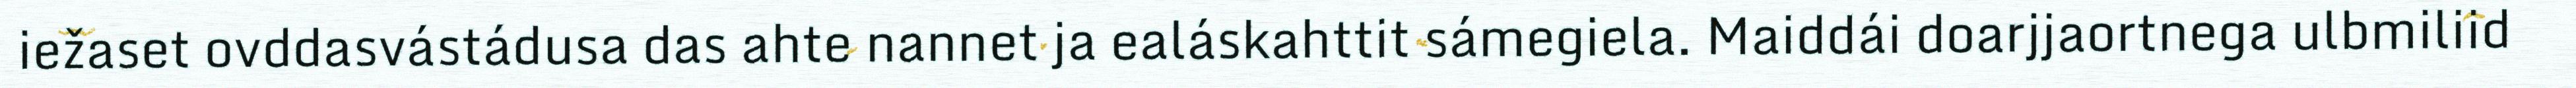
iežaset ovddasvástádusa das ahte nannet ja ealáskahttit sámegiela. Maiddái doarjjaortnega ulbmiliid